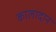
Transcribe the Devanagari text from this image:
कालादान